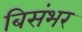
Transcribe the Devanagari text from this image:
बिसंभर